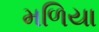
મળિયા